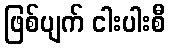
ဖြစ်ပျက် ငါးပါးစီ